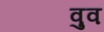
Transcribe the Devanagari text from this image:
वुव